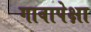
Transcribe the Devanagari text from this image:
गावापेक्षा